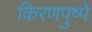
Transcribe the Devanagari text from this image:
किरणपुष्पे